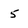
Character: 5